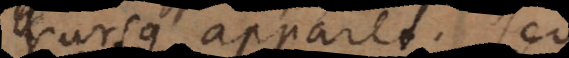
rursus apparet. Sed